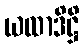
ယထာဒိဋ္ဌိ